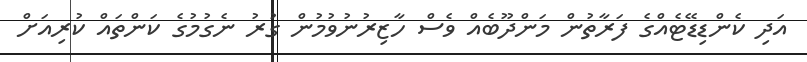
އަދި ކެންޑިޑޭޓެއްގެ ފަރާތުން މަންދޫބެއް ވެސް ހާޒިރުނުވުމުން ގުރު ނެގުމުގެ ކަންތައް ކުރިއަށް